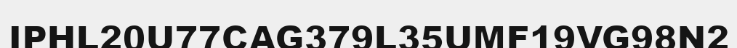
IPHL20U77CAG379L35UMF19VG98N2